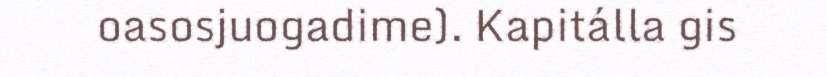
oasosjuogadime). Kapitálla gis